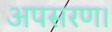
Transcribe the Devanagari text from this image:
अपसरण।